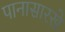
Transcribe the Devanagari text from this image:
पानासारखे